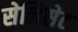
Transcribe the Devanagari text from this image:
सेलिसेट